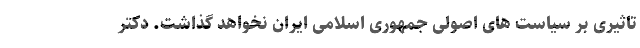
تاثیری بر سیاست های اصولی جمهوری اسلامی ایران نخواهد گذاشت. دکتر